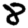
Digit: 8